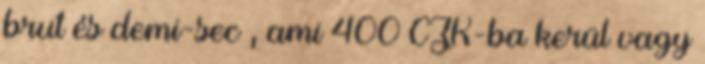
brut és demi-sec , ami 400 CZK-ba kerül vagy